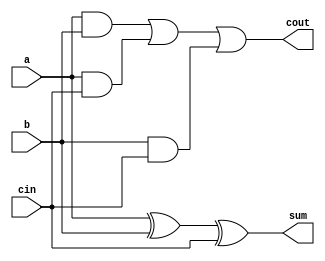
module One_Bit_Adder(a,b,cin,sum,cout);
input a,b,cin;
output sum,cout;

assign sum = a ^ b ^ cin ;
assign cout = (a && b) || (a && cin) || (b && cin);

endmodule